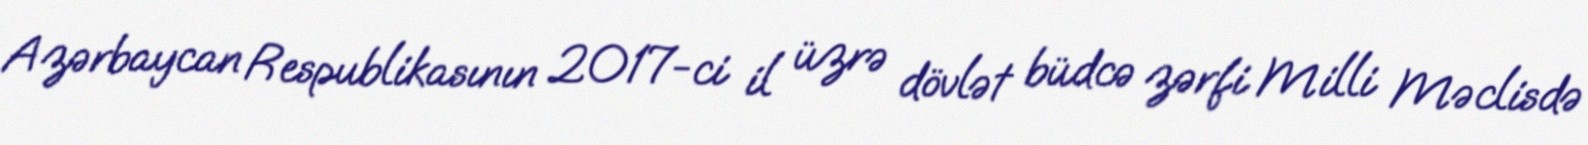
Azərbaycan Respublikasının 2017-ci il üzrə dövlət büdcə zərfi Milli Məclisdə